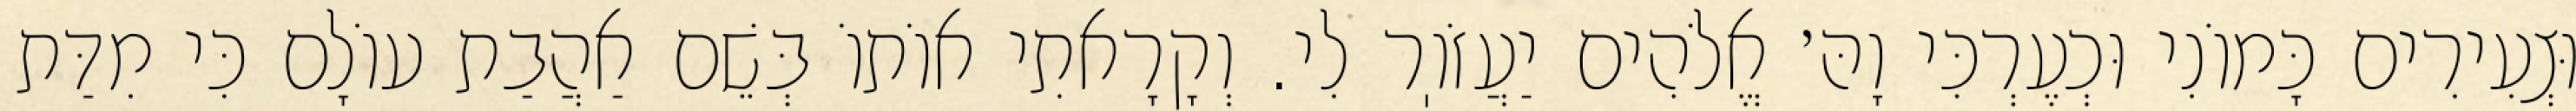
וּצְעִירִים כָּמוֹנִי וּכְעֶרְכִּי וָהּ׳ אֱלֹהִים יַעֲזֹוֽר לִי. וְקָרָאתִי אוֹתוֹ בְּשֵׁם אַהֲבַת עוֹלָם כִּי מִדַּת